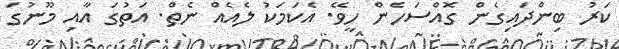
ކަރު ބިންދައިގެން ގޮއްސަހެން ހީވޭ. އެކަމަކު ލެއެއް ނެތް. އަތުގަ އާއި މޫނުގަ